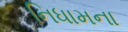
નિધામના